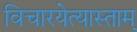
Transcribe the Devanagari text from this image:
विचारयेत्यास्ताम्